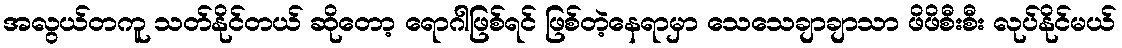
အလွယ်တကူ သတ်နိုင်တယ် ဆိုတော့ ရောဂါဖြစ်ရင် ဖြစ်တဲ့နေရာမှာ သေသေချာချာသာ ဖိဖိစီးစီး လုပ်နိုင်မယ်